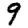
Digit: 9